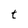
Character: t